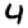
Digit: 4